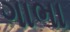
ગાભા